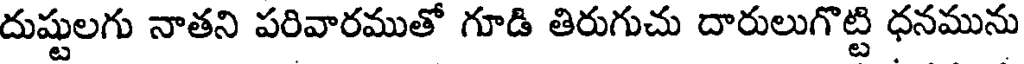
దుష్టులగు నాతని పరివారముతో గూడి తిరుగుచు దారులుగొట్టి ధనమును